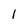
Character: 1